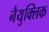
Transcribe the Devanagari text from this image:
नैयुक्लिक